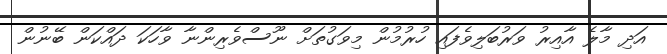
އަދި މާލެ އާއިރު ވަރުބަލިވެފައި ހުރުމުން މިވަގުތަށް ނޫސްވެރިންނާ ވާހަކަ ދައްކަން ބޭނުން